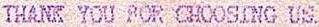
THANK YOU FOR CHOOSING US.